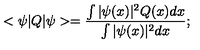
< \psi | Q | \psi > = \frac { \int | \psi ( x ) | ^ { 2 } Q ( x ) d x } { \int | \psi ( x ) | ^ { 2 } d x } ;